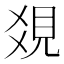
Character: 𧠔